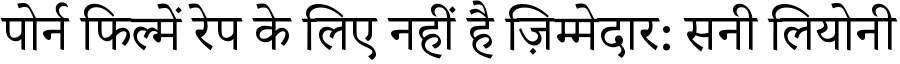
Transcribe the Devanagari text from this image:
पोर्न फिल्में रेप के लिए नहीं है ज़िम्मेदार: सनी लियोनी